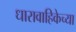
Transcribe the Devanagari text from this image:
धारावाहिकेच्या